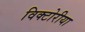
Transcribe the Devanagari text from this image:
विक्टोरीया